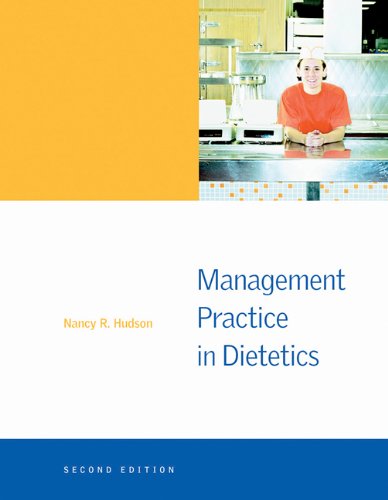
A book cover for Management Practice in Dietetics; Nancy R. Hudson; Medical Books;